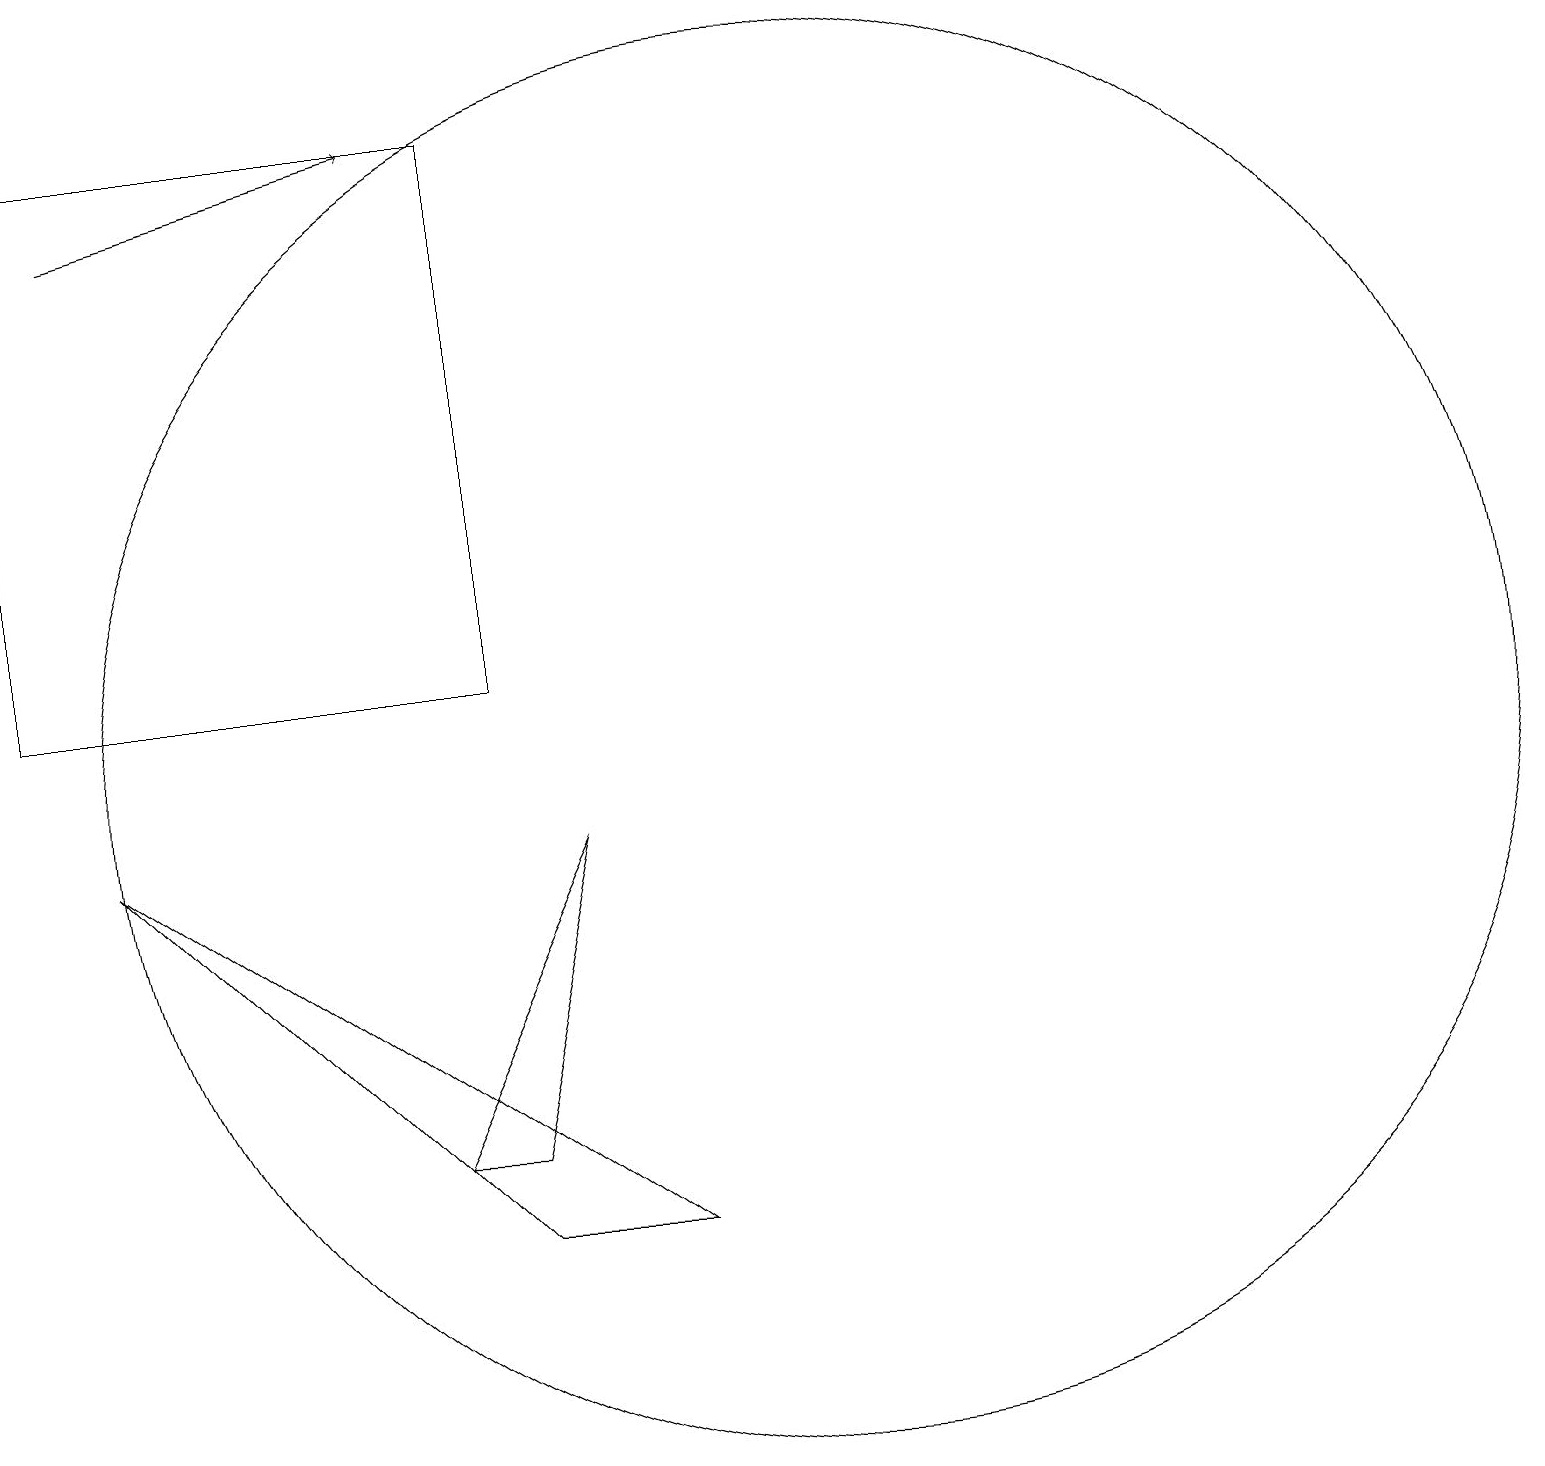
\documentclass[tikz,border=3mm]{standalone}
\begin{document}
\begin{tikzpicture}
\draw (6,11) rectangle (0,18);
\draw (8,4) -- (6,4) -- (1,9) -- cycle;
\draw (10,10) circle (9);
\draw[->] (1,17) -- (5,18);
\draw (5,5) -- (6,5) -- (7,9) -- cycle;
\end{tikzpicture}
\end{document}